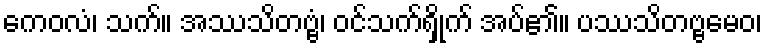
ကေဝလံ၊ သက်။ အဿသိတဗ္ဗံ၊ ဝင်သက်ရှိုက် အပ်၏။ ပဿသိတဗ္ဗမေဝ၊